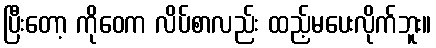
ပြီးတော့ ကိုဝေက လိပ်စာလည်း ထည့်မပေးလိုက်ဘူး။